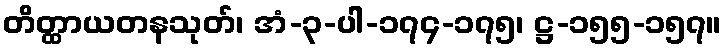
တိတ္ထာယတနသုတ်၊ အံ-၃-ပါ-၁၇၄-၁၇၅၊ ဋ္ဌ-၁၅၅-၁၅၇။